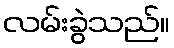
လမ်းခွဲသည်။